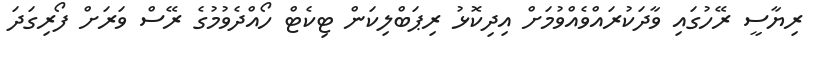
ރިޔާސީ ރޭހުގައި ވާދަކުރައްވެއްވުމަށް އިދިކޮޅު ރިޕަބްލިކަން ޓިކެޓް ހޯއްދެވުމުގެ ރޭސް ވަރަށް ފޯރިގަދަ